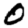
Digit: 0